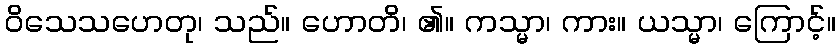
ဝိသေသဟေတု၊ သည်။ ဟောတိ၊ ၏။ ကသ္မာ၊ ကား။ ယသ္မာ၊ ကြောင့်။